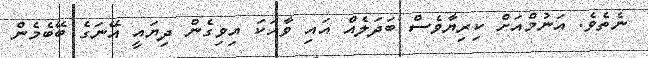
ނެތެވެ. އަނުމްއަށް ކިރިޔާވެސް ބަދަލެއް އައި ވާހަކަ އިވިގެން ދިޔައީ އޭނަގެ ބޭބެމެން